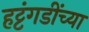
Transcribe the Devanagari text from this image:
हट्टंगडींच्या